Civil Veterinary Dept. Bombay admin report 1893-99 - 1893-1899
Year: 1893
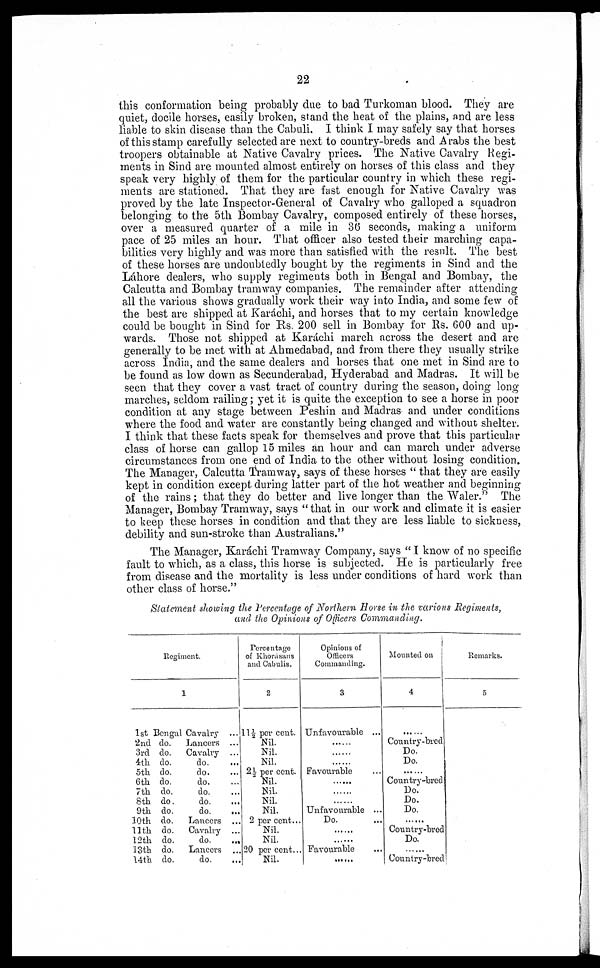
22
this conformation being probably due to bad Turkoman blood. They are
quiet, docile horses, easily broken, stand the heat of the plains, and are less
liable to skin disease than the Cabuli. I think I may safely say that horses
of this stamp carefully selected are next to country-breds and Arabs the best
troopers obtainable at Native Cavalry prices. The Native Cavalry Regi-
ments in Sind are mounted almost entirely on horses of this class and they
speak very highly of them for the particular country in which these regi-
ments are stationed. That they are fast enough for Native Cavalry was
proved by the late Inspector-General of Cavalry who galloped a squadron
belonging to the 5th Bombay Cavalry, composed entirely of these horses,
over a measured quarter of a mile in 36 seconds, making a uniform
pace of 25 miles an hour. That officer also tested their marching capa-
bilities very highly and was more than satisfied with the result. The best
of these horses are undoubtedly bought by the regiments in Sind and the
Láhore dealers, who supply regiments both in Bengal and Bombay, the
Calcutta and Bombay tramway companies. The remainder after attending
all the various shows gradually work their way into India, and some few of
the best are shipped at Karáchi, and horses that to my certain knowledge
could be bought in Sind for Rs. 200 sell in Bombay for Rs. 600 and up-
wards. Those not shipped at Karáchi inarch across the desert and are
generally to be met with at Ahmedabad, and from there they usually strike
across India, and the same dealers and horses that one met in Sind are to
be found as low down as Secunderabad, Hyderabad and Madras. It will be
seen that they cover a vast tract of country during the season, doing long
marches, seldom railing ; yet it is quite the exception to see a horse in poor
condition at any stage between Peshin and Madras and under conditions
where the food and water are constantly being changed and without shelter.
I think that these facts speak for themselves and prove that this particular
class of horse can gallop 15 miles an hour and can march under adverse
circumstances from one end of India to the other without losing condition.
The Manager, Calcutta Tramway, says of these horses " that they are easily
kept in condition except during latter part of the hot weather and beginning
of the rains ; that they do better and live longer than the Waler." The
Manager, Bombay Tramway, says " that in our work and climate it is easier
to keep these horses in condition and that they are less liable to sickness,
debility and sun-stroke than Australians. "
The Manager, Karáchi Tramway Company, says " I know of no specific
fault to which, as a class, this horse is subjected. He is particularly free
from disease and the mortality is less under conditions of hard work than
other class of horse."
Statement showing the Percentage of Northern Horse in the various Regiments,
and the Opinions of Officers Commanding.
Regiment.
1
1st Bengal Cavalry ...
2nd do. Lancers ...
3rd do. Cavalry ...
4th do.
do. …
5th do.
do ….
6th do.
do. …
7th do.
do. …
8th do.
do. …
9th do.
do.
…
10th do. Lancers …
11th do. Cavalry ...
12th do.
do. …
13th do.
Lancers
14th do.
do. …
Percentage
of Khorásans
and Cabulis.
2
11½ per cent.
Nil.
Nil.
Nil.
2½ per cent.
Nil.
Nil.
Nil.
Nil,
2 per cent ...
Nil.
Nil.
20 per cent...
Nil.
Opinions of
Officers
Commanding.
3
Unfavourable ...
……
……
……
Favourable …
......
……
……
Unfavourable ...
Do.
… …
……
Favourable …
……
Mounted on
4
……
Country-bred
Do.
Do.
Country-bred
Do.
Do.
Do.
……
Country-bred
Do.
……
Country-bred
Remarks.
5